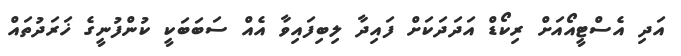
އަދި އެސްޓީއޯއަށް ރިކޯޑް އަދަދަކަށް ފައިދާ ލިބިފައިވާ އެއް ސަބަބަކީ ކުންފުނީގެ ޚަރަދުތައް